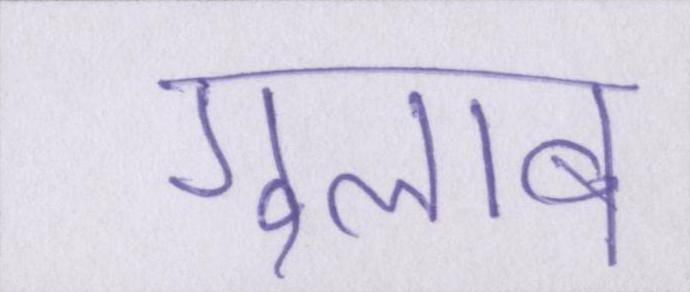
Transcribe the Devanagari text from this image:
गुलाब